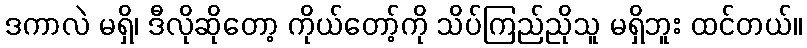
ဒကာလဲ မရှိ၊ ဒီလိုဆိုတော့ ကိုယ်တော့်ကို သိပ်ကြည်ညိုသူ မရှိဘူး ထင်တယ်။